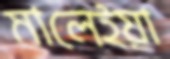
মালেইয়া